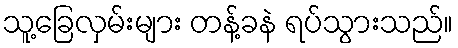
သူ့ခြေလှမ်းများ တန့်ခနဲ ရပ်သွားသည်။